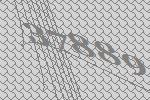
37889